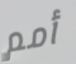
أمم